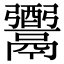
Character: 𩱗